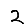
Digit: 2